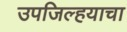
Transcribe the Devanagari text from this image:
उपजिल्हयाचा